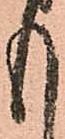
も